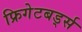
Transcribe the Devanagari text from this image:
फ्रिगेटबर्ड्स